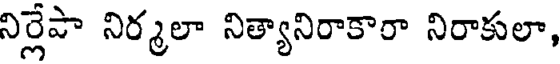
నిర్లేపా నిర్మలా నిత్యానిరాకారా నిరాకులా,